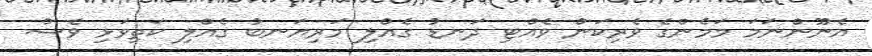
އެނޫންނަމަ މަމެންގެ ވެރިކަން ވެއްޓި ދަނޑު ގެއްލި މަރިޔަނބު ގެއްލި ކަތިވަޅި ވެސް